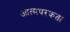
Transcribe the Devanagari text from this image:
आत्मपरकता